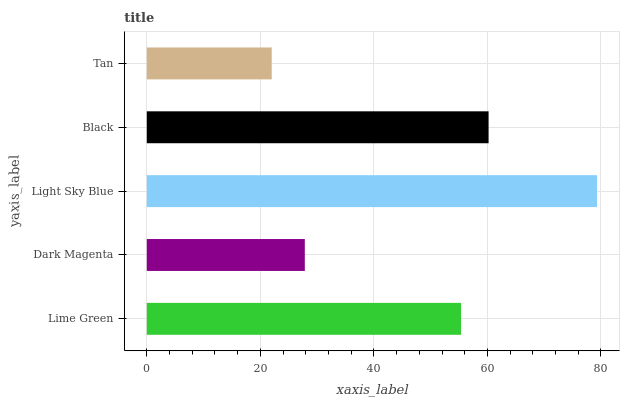
| yaxis_label | bars |
 | --- | --- |
 | Lime Green | 55.4 |
 | Dark Magenta | 27.8 |
 | Light Sky Blue | 79.3 |
 | Black | 60.2 |
 | Tan | 22 |